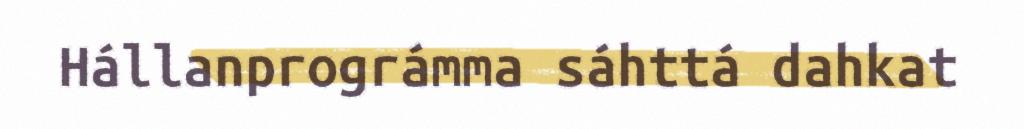
Hállanprográmma sáhttá dahkat